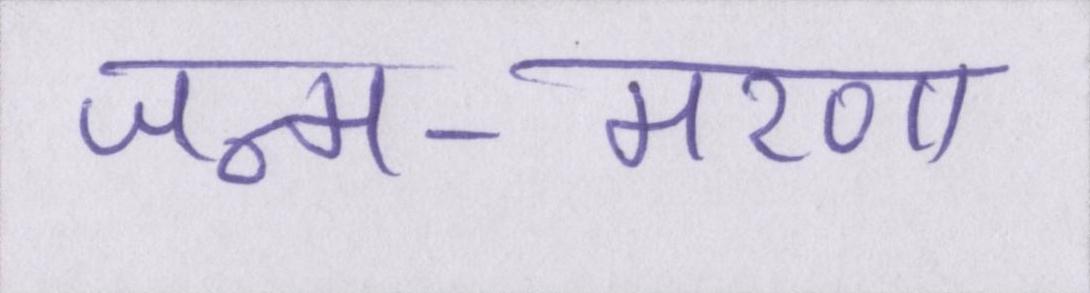
जन्म-मरण